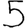
Digit: 5